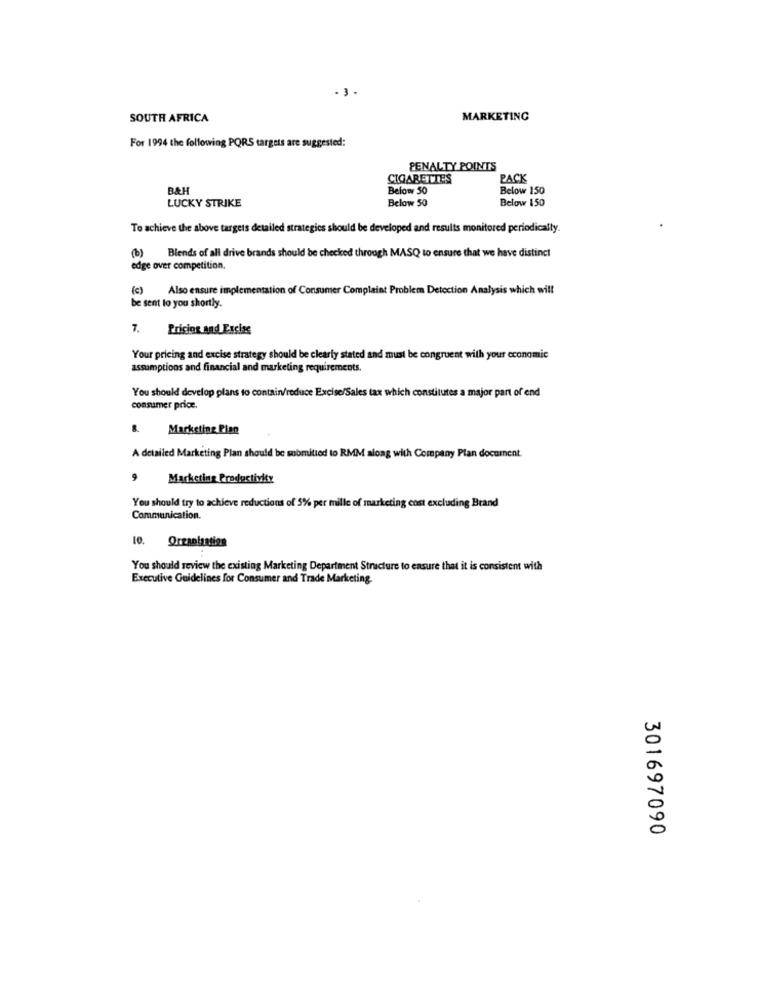
-3
SOUTH AFRICA
MARKETING
For 1994 the following PQRS targets are suggested:
PENALTY POINTS
CIGARETTES
PACK
BAH
Below 50
Below 150
LUCKY STRIKE
Below 50
Below 150
To achieve the above targets detailed strategies should be developed and results monitored periodically.
(b)
Blends of all drive brands should be checked through MASQ to ensure that we have distinct
edge over competition.
( c )
Also ensure implementation of Consumer Complaint Problem Detection Analysis which will
be sent to you shortly.
7.
Pricing and Excise
Your pricing and excise strategy should be clearly stated and must be congruent with your economic
assumptions and financial and marketing requirements.
You should develop plans to contain/reduce Excise/Sales tax which constitutes a major part of end
consumer price.
.
Marketing Plan
A detailed Marketing Plan should be submitted to RMM along with Company Plan document.
9 Marketing Productivity
You should try to achieve reductions of 5% per mille of marketing cost excluding Brand
Communication.
10. Organization
You should review the existing Marketing Department Structure to ensure that it is consistent with
Executive Guidelines for Consumer and Trade Marketing.
301697090